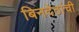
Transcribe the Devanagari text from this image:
बिनदेठांची